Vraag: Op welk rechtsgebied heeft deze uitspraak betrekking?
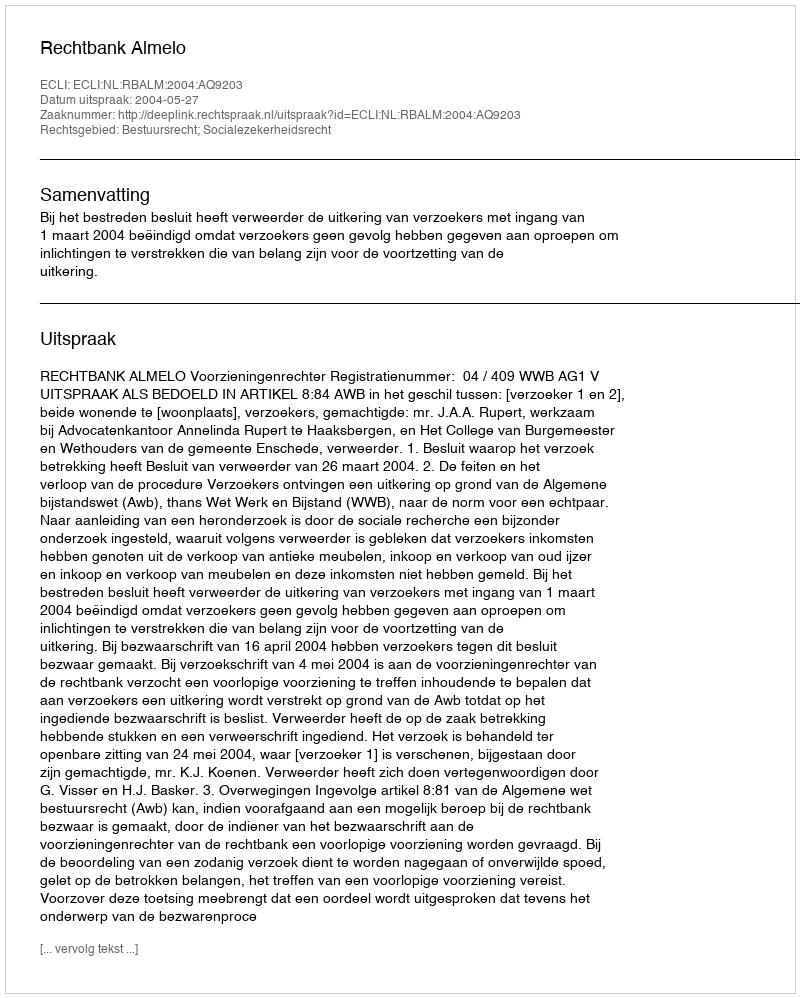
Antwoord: Bestuursrecht; Socialezekerheidsrecht